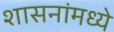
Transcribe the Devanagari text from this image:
शासनांमध्ये